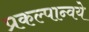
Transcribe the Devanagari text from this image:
प्रकल्पान्वये